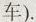
车).